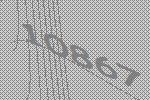
10867